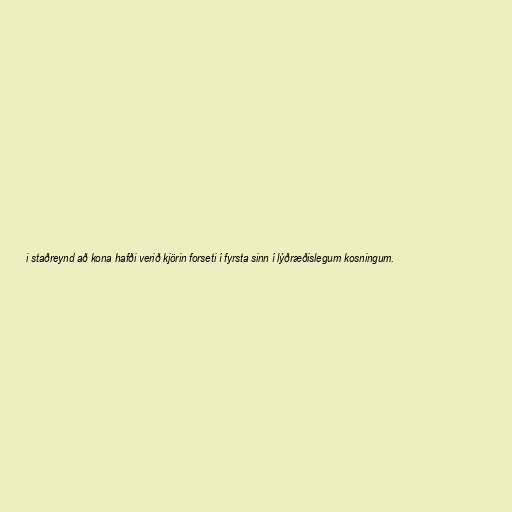
i staðreynd að kona hafði verið kjörin forseti í fyrsta sinn í lýðræðislegum kosningum.